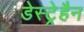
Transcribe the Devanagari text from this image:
डेस्ट्रेहैन